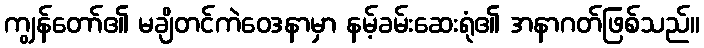
ကျွန်တော်၏ မချိတင်ကဲဝေဒနာမှာ နမ့်ခမ်းဆေးရုံ၏ အနာဂတ်ဖြစ်သည်။